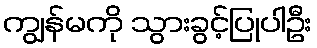
ကျွန်မကို သွားခွင့်ပြုပါဦး